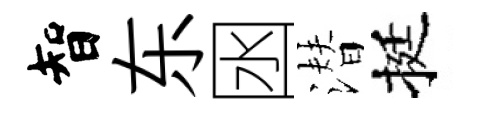
智东囦潜挺